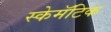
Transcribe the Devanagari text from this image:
स्केमॅटिक